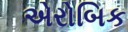
એરોબિક